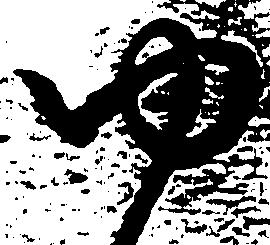
ゆ